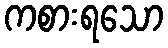
ကစားရသော